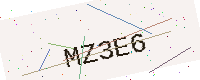
Text: MZ3E6